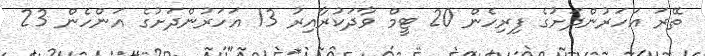
ތޭރަ އަހަރުންދަށުގެ ފިރިހެން 20 ޓީމް ވާދަކުރާއިރު 13 އަހަރުންދަށުގެ އަންހެން 23